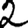
Digit: 2